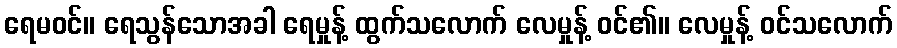
ရေမဝင်။ ရေသွန်သောအခါ ရေမှုန့် ထွက်သလောက် လေမှုန့် ဝင်၏။ လေမှုန့် ဝင်သလောက်